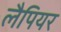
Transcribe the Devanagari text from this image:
लैपियर